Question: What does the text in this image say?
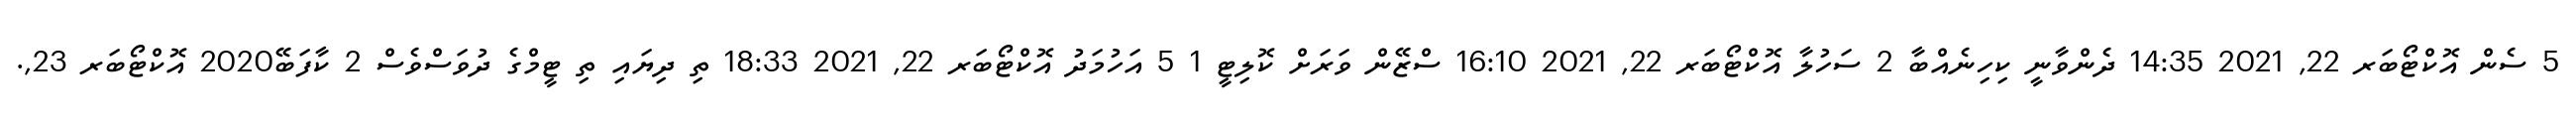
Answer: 5 ސެން އޮކްޓޯބަރ 22, 2021 14:35 ދެންވާނީ ކިހިނެއްބާ 2 ސަހުލާ އޮކްޓޯބަރ 22, 2021 16:10 ސްޒޭން ވަރަށް ކޮލިޓީ 1 5 އަހުމަދު އޮކްޓޯބަރ 22, 2021 18:33 ތި ދިޔައި ތި ޓީމްގެ ދުވަސްވެސް 2 ކާފަބޭ2020 އޮކްޓޯބަރ 23,.